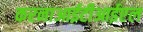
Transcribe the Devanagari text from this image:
करनाआईटीआईएल